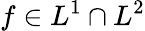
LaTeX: f\in L^{1}\cap L^{2}